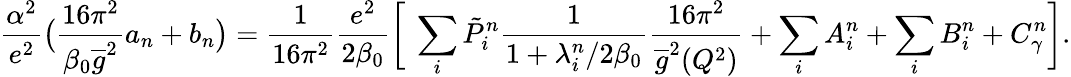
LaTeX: {\frac{\alpha^{2}}{e^{2}}}\big({\frac{16\pi^{2}}{\beta_{0}\overline{{g}}^{2}}}a_{n}+b_{n}\big)={\frac{1}{16\pi^{2}}}{\frac{e^{2}}{2\beta_{0}}}\bigg[~\sum_{i}\tilde{P}_{i}^{n}{\frac{1}{1+\lambda_{i}^{n}/2\beta_{0}}}{\frac{16\pi^{2}}{\overline{{g}}^{2}(Q^{2})}}+\sum_{i}A_{i}^{n}+\sum_{i}B_{i}^{n}+C_{\gamma}^{n}\bigg].